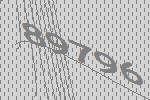
89796